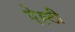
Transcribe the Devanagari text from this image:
ऐह्टी